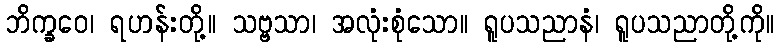
ဘိက္ခဝေ၊ ရဟန်းတို့။ သဗ္ဗသာ၊ အလုံးစုံသော။ ရူပသညာနံ၊ ရူပသညာတို့ကို။